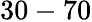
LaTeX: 30-70